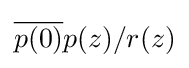
{\overline {p(0)}}p(z)/r(z)